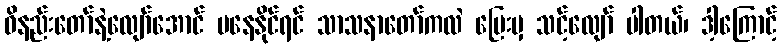
ဝိနည်းတော်နဲ့လျော်အောင် မနေနိုင်ရင် သာသနာတော်ကလဲ ပြေးမှ သင့်လျော် ပါတယ်၊ ဒါ့ကြောင့်